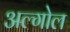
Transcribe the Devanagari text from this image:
अल्गोल